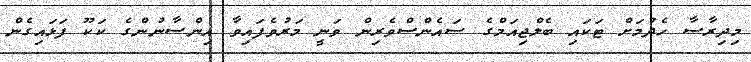
މިދިރާސާ ހެދުމަށް ޓަކައި ބެލްޖިއަމްގެ ސައެންސްވެރިން ވަނީ މަރުވެފައިވާ އިންސާނުންގެ ކަކޫ ފަޅައިގެން